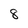
Character: 8